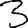
Digit: 3